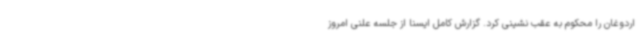
اردوغان را محکوم به عقب نشینی کرد. گزارش کامل ایسنا از جلسه علنی امروز